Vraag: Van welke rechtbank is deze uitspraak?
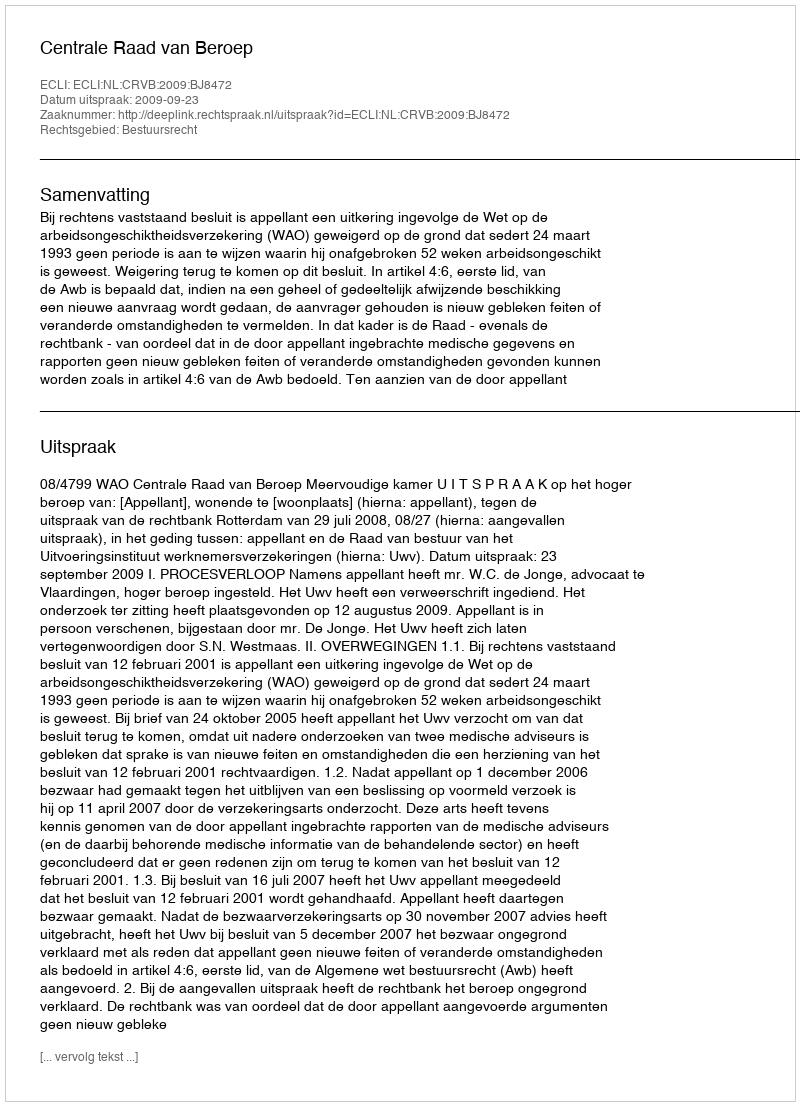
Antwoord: Centrale Raad van Beroep